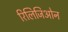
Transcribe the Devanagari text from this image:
रिलिजिओन